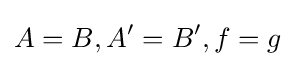
A=B,A'=B',f=g